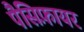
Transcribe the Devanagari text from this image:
पैसिफ़ायर